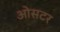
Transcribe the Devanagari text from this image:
ओसटर